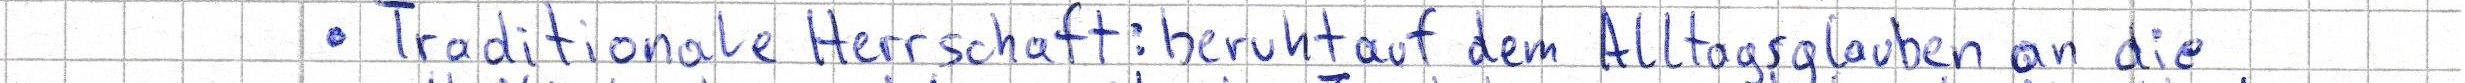
- Traditionale Herrschaft: beruht auf dem Alltagsglauben an die